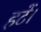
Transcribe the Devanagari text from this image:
हटें।